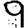
Digit: 9